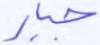
جبار